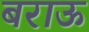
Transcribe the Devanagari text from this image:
बराऊ